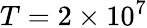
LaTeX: T=2\times 10^{7}